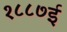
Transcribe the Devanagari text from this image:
१८८७ई